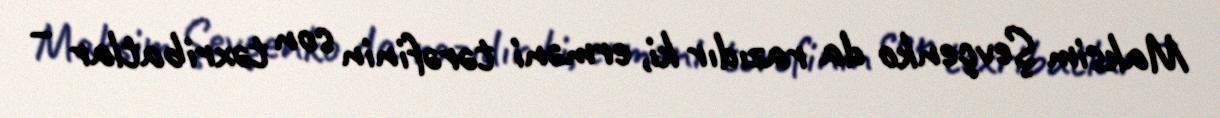
Maksim Şevçenko da razıdır ki, erməni tərəfinin son təxribatlar –